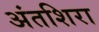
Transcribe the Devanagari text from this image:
अंतशिरा